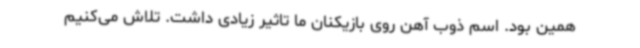
همین بود. اسم ذوب آهن روی بازیکنان ما تاثیر زیادی داشت. تلاش می‌کنیم